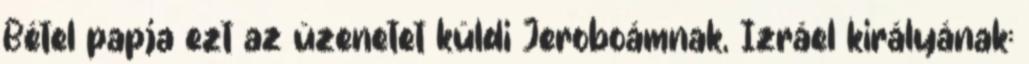
Bétel papja ezt az üzenetet küldi Jeroboámnak, Izráel királyának: